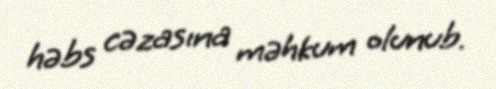
həbs cəzasına məhkum olunub.